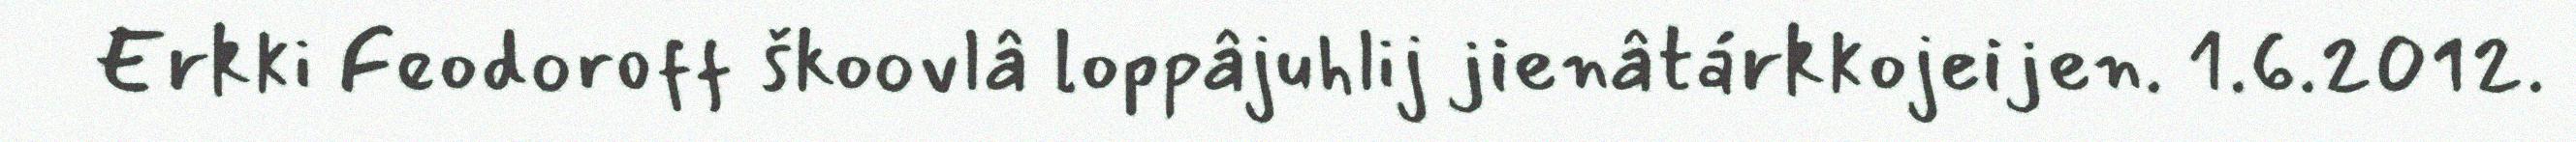
Erkki Feodoroff škoovlâ loppâjuhlij jienâtárkkojeijen. 1.6.2012.